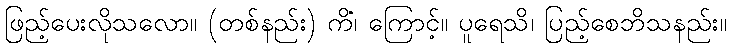
ဖြည့်ပေးလိုသလော။ (တစ်နည်း) ကိံ၊ ကြောင့်။ ပူရေသိ၊ ပြည့်စေဘိသနည်း။